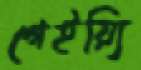
গেইয়্যি